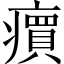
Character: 𬏽